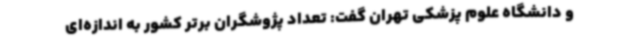
و دانشگاه علوم پزشکی تهران گفت: تعداد پژوشگران برتر کشور به اندازه‌ای